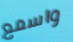
واسمع